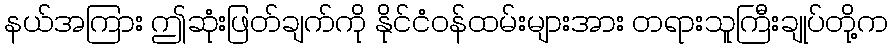
နယ်အကြား ဤဆုံးဖြတ်ချက်ကို နိုင်ငံဝန်ထမ်းများအား တရားသူကြီးချုပ်တို့က